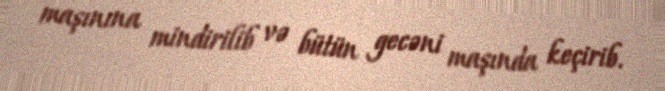
maşınına mindirilib və bütün gecəni maşında keçirib.